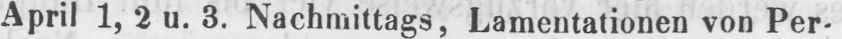
April 1, 2 u. 3. Nachmittags, Lamentationen von Per-